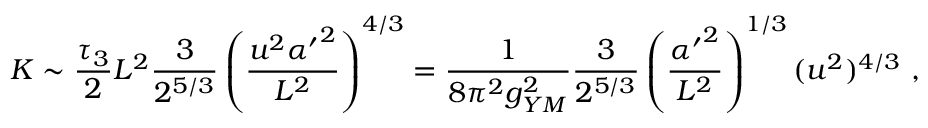
K \sim \frac { \tau _ { 3 } } { 2 } L ^ { 2 } \frac { 3 } { 2 ^ { 5 / 3 } } \left( \frac { u ^ { 2 } { \alpha ^ { \prime } } ^ { 2 } } { L ^ { 2 } } \right) ^ { 4 / 3 } = \frac { 1 } { 8 \pi ^ { 2 } g _ { Y M } ^ { 2 } } \frac { 3 } { 2 ^ { 5 / 3 } } \left( \frac { { \alpha ^ { \prime } } ^ { 2 } } { L ^ { 2 } } \right) ^ { 1 / 3 } ( u ^ { 2 } ) ^ { 4 / 3 } \ ,